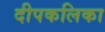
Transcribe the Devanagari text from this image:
दीपकलिका